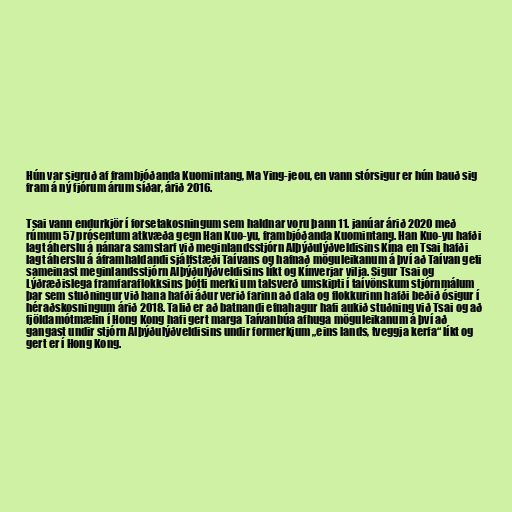
Hún var sigruð af frambjóðanda Kuomintang, Ma Ying-jeou, en vann stórsigur er hún bauð sig
fram á ný fjórum árum síðar, árið 2016.

Tsai vann endurkjör í forsetakosningum sem haldnar voru þann 11. janúar árið 2020 með
rúmum 57 prósentum atkvæða gegn Han Kuo-yu, frambjóðanda Kuomintang. Han Kuo-yu hafði
lagt áherslu á nánara samstarf við meginlandsstjórn Alþýðulýðveldisins Kína en Tsai hafði
lagt áherslu á áframhaldandi sjálfstæði Taívans og hafnað möguleikanum á því að Taívan geti
sameinast meginlandsstjórn Alþýðulýðveldisins líkt og Kínverjar vilja. Sigur Tsai og
Lýðræðislega framfaraflokksins þótti merki um talsverð umskipti í taívönskum stjórnmálum
þar sem stuðningur við hana hafði áður verið farinn að dala og flokkurinn hafði beðið ósigur í
héraðskosningum árið 2018. Talið er að batnandi efnahagur hafi aukið stuðning við Tsai og að
fjöldamótmælin í Hong Kong hafi gert marga Taívanbúa afhuga möguleikanum á því að
gangast undir stjórn Alþýðulýðveldisins undir formerkjum „eins lands, tveggja kerfa“ líkt og
gert er í Hong Kong.